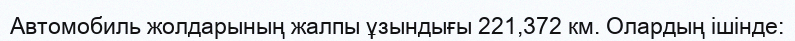
Автомобиль жолдарының жалпы ұзындығы 221,372 км. Олардың ішінде: